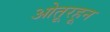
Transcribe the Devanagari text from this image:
ओतूरहून